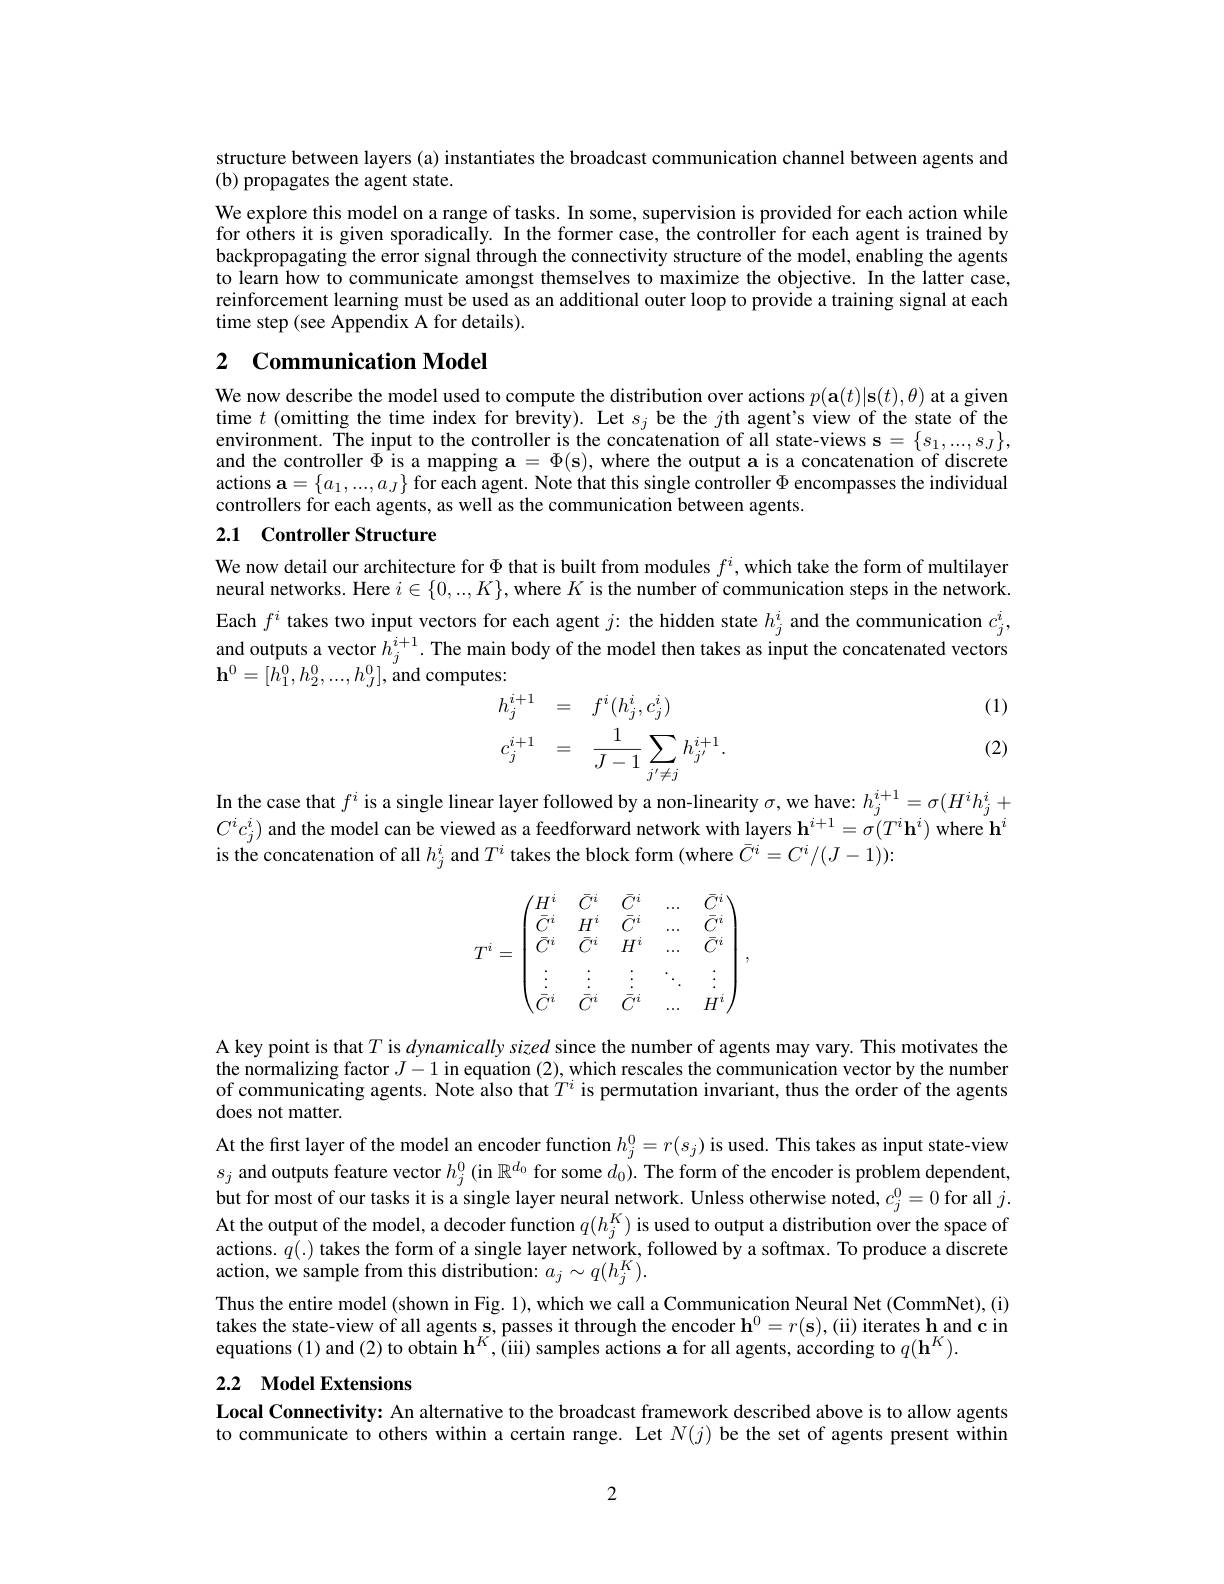
structure between layers (a) instantiates the broadcast communication channel between agents and
(b) propagates the agent state.

We explore this model on a range of tasks. In some, supervision is provided for each action while for others it is given sporadically. In the former case, the controller for each agent is trained by backpropagating the error signal through the connectivity structure of the model, enabling the agents to learn how to communicate amongst themselves to maximize the objective. In the latter case, reinforcement learning must be used as an additional outer loop to provide a training signal at each time step (see Appendix A for details).

## 2 Communication Model

We now describe the model used to compute the distribution over actions $p(\mathbf{a}(t)|\mathbf{s}(t),\theta)$ at a given time $t$ (omitting the time index for brevity). Let $s_j$ be the $j$th agent's view of the state of the environment. The input to the controller is the concatenation of all state-views s $=\{s_1,...,s_J\}$, and the controller $\Phi$ is a mapping $\mathbf{a}=\Phi(\mathbf{s})$, where the output a is a concatenation of discrete actions $\mathbf{a}=\{a_1,...,a_J\}$ for each agent. Note that this single controller $\Phi$ encompasses the individual controllers for each agents, as well as the communication between agents.

## 2.1 Controller Structure

We now detail our architecture for $\Phi$ that is built from modules $f^i$, which take the form of multilayer neural networks. Here $i\in\{0,...,K\}$, where $K$ is the number of communication steps in the network. Each $f^i$ takes two input vectors for each agent $j:$ the hidden state $h_j^i$ and the communication $c_j^i$, and outputs a vector $h_j^{i+1}.$ The main body of the model then takes as input the concatenated vectors $\mathbf{h}^{0}=[h_{1}^{0},h_{2}^{0},...,h_{J}^{0}]$,and computes:
$$\begin{aligned}&\text{s.}\\&h_{j}^{i+1}&&=\quad f^{i}(h_{j}^{i},c_{j}^{i})\\&c_{j}^{i+1}&&=\quad\frac{1}{J-1}\sum_{j^{\prime}\neq j}h_{j^{\prime}}^{i+1}.\\\end{aligned}$$
(1)

(2)

In the case that $f^i$ is a single linear layer followed by a non-linearity $\sigma$, we have: $h_j^{i+1}=\sigma(H^ih_j^i+$ $C^ic_j^i)$ and the model can be viewed as a feedforward network with layers h$^i+1=\sigma(T^i\mathbf{h}^i)$ where $\mathbf{h}^i$ is the concatenation of all $h_j^i$ and $T^i$ takes the block form (where $\bar{C}^i=C^i/(J-1)):$
$$T^i=\begin{pmatrix}H^i&\bar C^i&\bar C^i&...&\bar C^i\\\bar C^i&H^i&\bar C^i&...&\bar C^i\\\bar C^i&\bar C^i&H^i&...&\bar C^i\\\vdots&\vdots&\vdots&\ddots&\vdots\\\bar C^i&\bar C^i&\bar C^i&...&H^i\end{pmatrix},$$
A key point is that $T$ is $dynamically\textit{sized since the number of agents may vary. This motivates the}$ the normalizing factor $J-1$ in equation (2), which rescales the communication vector by the number of communicating agents. Note also that $T^i$ is permutation invariant, thus the order of the agents does not matter.

At the first layer of the model an encoder function $h_j^0=r(s_j)$ is used. This takes as input state-view $s_j$ and outputs feature vector $h_j^0($in $\mathbb{R}^d_0$ for some $d_0).$ The form of the encoder is problem dependent, but for most of our tasks it is a single layer neural network. Unless otherwise noted, $c_j^0=0$ for all $j.$ At the output of the model, a decoder function $q(h_j^K)$ is used to output a distribution over the space of actions. $q(.)$ takes the form of a single layer network, followed by a softmax. To produce a discrete action, we sample from this distribution: $a_j\sim q(h_j^K).$
Thus the entire model (shown in Fig. 1), which we call a Communication Neural Net (CommNet), (i) takes the state-view of all agents s, passes it through the encoder $\mathbf{h}^0=r(\mathbf{s})$,(ii) iterates h and c in equations (1) and (2) to obtain $\mathbf{h}^K,\hat{(}$iii) samples actions a for all agents, according to $q(\mathbf{h}^K).$

## 2.2 Model Extensions

Local Connectivity: An alternative to the broadcast framework described above is to allow agents to communicate to others within a certain range. Let $N(j)$ be the set of agents present within

2